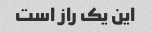
این یک راز است